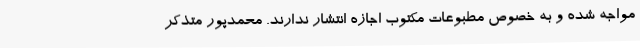
مواجه شده و به خصوص مطبوعات مکتوب اجازه انتشار ندارند. محمدپور متذکر